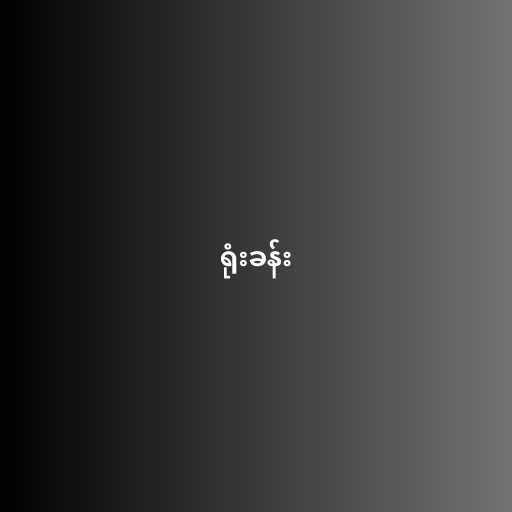
ရုံးခန်း